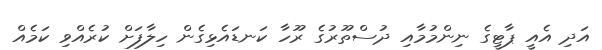
އަދި އެއީ ޕާޓީގެ ނިންމުމާއި ދުސްތޫރުގެ ރޫހާ ކަނޑައެޅިގެން ހިލާފަށް ކުރެއްވި ކަމެއް